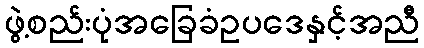
ဖွဲ့စည်းပုံအခြေခံဥပဒေနှင့်အညီ